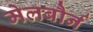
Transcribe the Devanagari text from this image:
मेलबौर्न